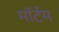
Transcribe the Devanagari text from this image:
मॉर्टम